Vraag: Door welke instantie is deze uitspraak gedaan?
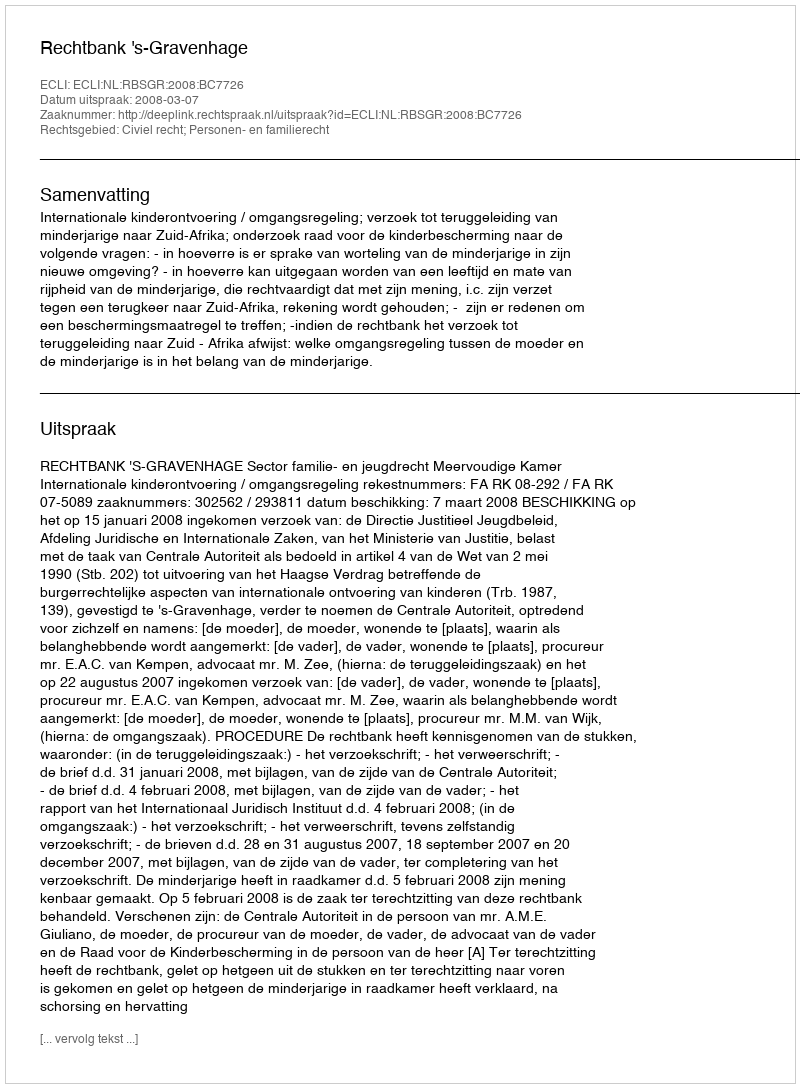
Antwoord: Rechtbank 's-Gravenhage